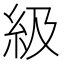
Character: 級